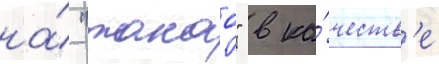
на́ "такао" в ка́честв'е